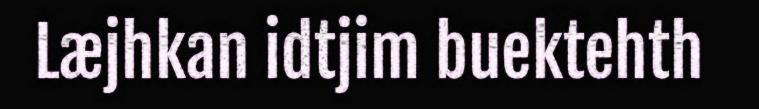
Læjhkan idtjim buektehth